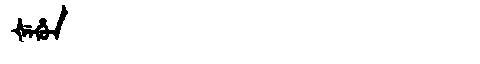
Manchu: ᡧᡝᡥᡠᠨ
Romanization: ŠEHUN